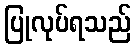
ပြုလုပ်ရသည်